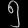
Digit: ၅